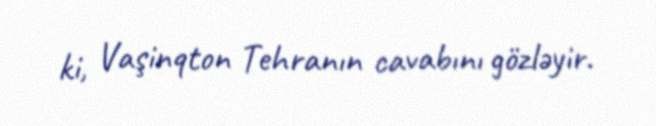
ki, Vaşinqton Tehranın cavabını gözləyir.